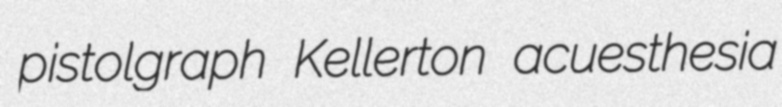
pistolgraph Kellerton acuesthesia